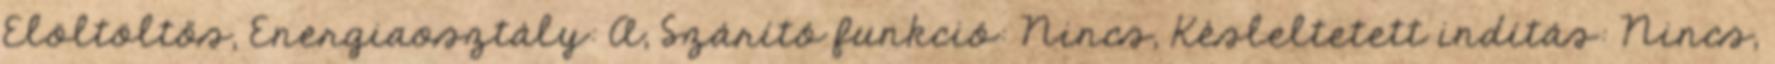
Elöltöltős, Energiaosztály: A, Szárító funkció: Nincs, Késleltetett indítás: Nincs,